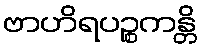
ဗာဟိရပဉ္စကန္တိ